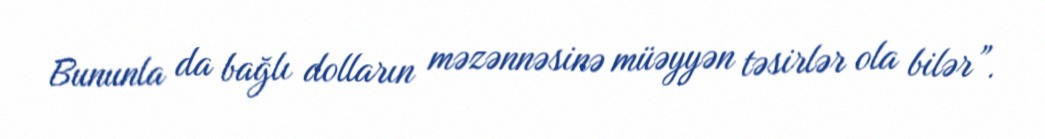
Bununla da bağlı dolların məzənnəsinə müəyyən təsirlər ola bilər”.